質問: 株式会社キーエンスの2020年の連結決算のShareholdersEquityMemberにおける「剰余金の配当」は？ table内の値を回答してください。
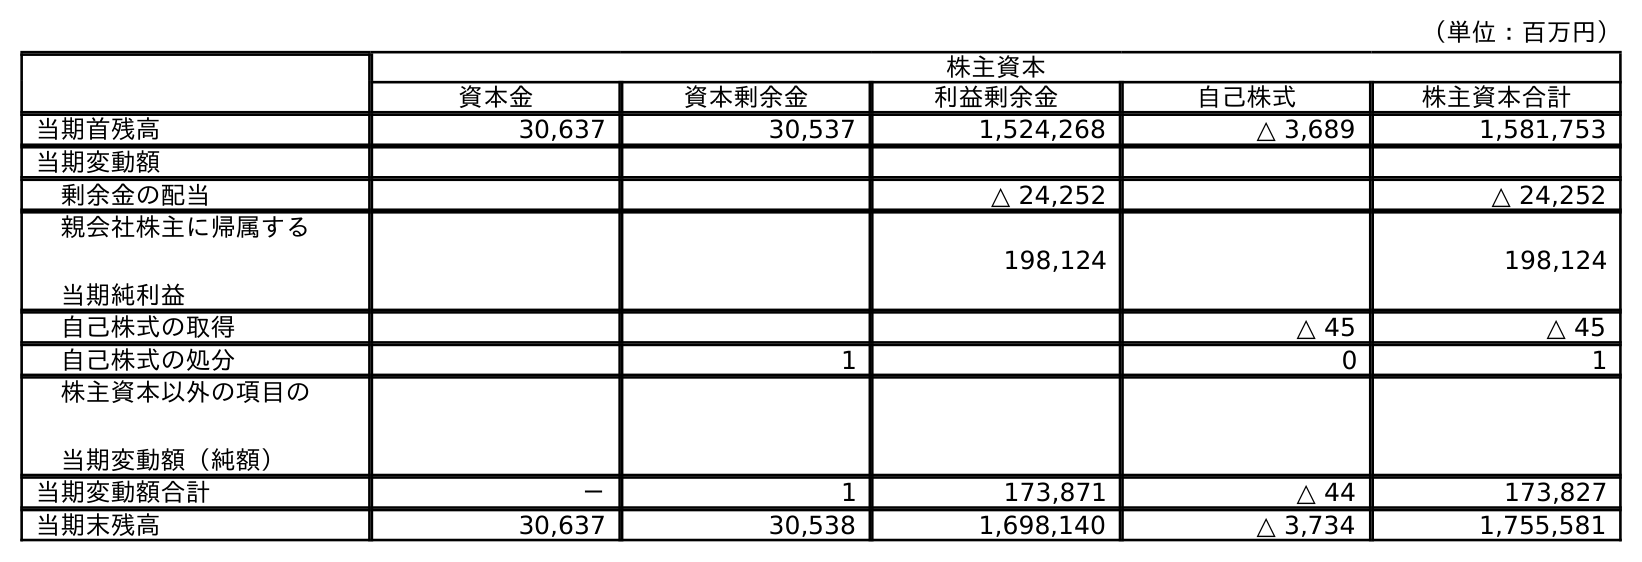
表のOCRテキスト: （単位：百万円） 株主資本 資本金 資本剰余金 利益剰余金 自己株式 株主資本合計 当期首残高 30,637 30,537 1,524,268 △ 3,689 1,581,753 当期変動額 剰余金の配当 △ 24,252 △ 24,252 親会社株主に帰属する 当期純利益 198,124 198,124 自己株式の取得 △ 45 △ 45 自己株式の処分 1 0 1 株主資本以外の項目の 当期変動額（純額） 当期変動額合計 － 1 173,871 △ 44 173,827 当期末残高 30,637 30,538 1,698,140 △ 3,734 1,755,581
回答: △24,252